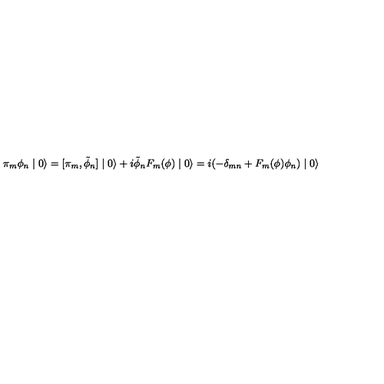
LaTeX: \pi _ { m } \phi _ { n } \mid 0 \rangle = [ \pi _ { m } , \tilde { \phi } _ { n } ] \mid 0 \rangle + i \tilde { \phi } _ { n } F _ { m } ( \phi ) \mid 0 \rangle = i ( - \delta _ { m n } + F _ { m } ( \phi ) \phi _ { n } ) \mid 0 \rangle